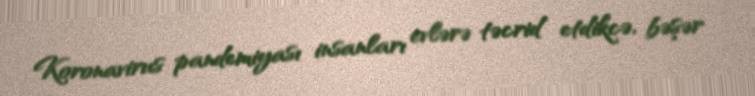
Koronavirus pandemiyası insanları evlərə təcrid etdikcə, bəşər